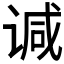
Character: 𫍯